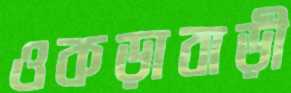
ওকড়াবাড়ী